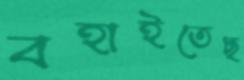
বহাইতেছ